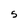
Character: S